Civil Veterinary Dept. Bombay admin report 1914-1922 - 1914-1922
Year: 1914
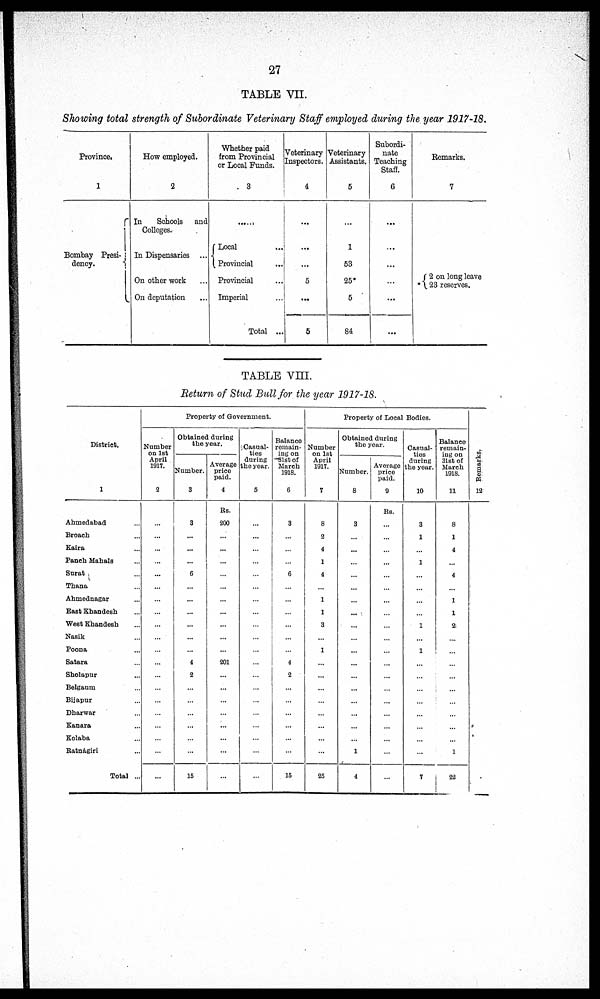
27
TABLE VII.
Showing total strength of Subordinate Veterinary Staff employed during the year 1917-18.
Province.
1
Bombay Presi-
dency.
How employed.
2
In
Schools and
Colleges.
In Dispensaries ...
On other work ...
On deputation
Whether paid
from Provincial
or Local Funds.
3
......
Local ...
Provincial ...
Provincial ...
Imperial ...
Total ...
Veterinary
Inspectors.
4
....
...
...
5
...
5
Veterinary
Assistants.
5
....
1
53
25*
5
84
Subordi-
nate
Teaching
Staff.
6
....
....
...
...
...
...
Remarks.
7
{2 on long leave
* 23 reserves.
TABLE VIII.
Return of Stud Bull for the year 1917-18.
District.
1
Ahmedabad ...
Broach ....
Kaira ...
Panch Mahals ...
Surat ....
Thana ....
Ahmednagar ....
East Khandesh ...
West Khandesh ...
Nasik ....
Poona ....
Satara ....
Sholapur ....
Belgaum ....
Bijapur ....
Dharwar
Kanara ...
Kolaba ...
Ratnagiri ....
Total ...
Property of Government.
Number
on 1st
April
1917.
2
...
....
...
....
....
....
....
....
....
....
....
....
....
....
....
....
....
....
....
....
Obtained during
the year.
Number.
3
3
....
...
....
6
....
....
....
....
...
....
4
2
....
....
....
....
....
....
15
Average
price
paid.
4
Rs.
200
....
...
....
....
....
....
....
....
....
....
201
....
...
....
....
....
....
....
....
Casual-
ties
during
the year.
5
...
....
....
....
....
....
...
....
....
....
....
....
....
....
....
....
....
....
....
....
Balance
remain-
ing on
91st of
March
1918.
6
3
....
....
....
6
....
....
....
....
....
....
4
2
....
....
....
....
....
...
15
Property of Local Bodies.
Number
on 1st
April
1917.
7
8
2
4
1
4
....
1
1
3
....
1
....
....
....
....
....
....
....
....
25
Obtained during
the year.
Number.
8
3
....
....
....
....
....
....
....
....
....
....
....
....
....
....
....
....
....
1
4
Average
price
paid.
9
Rs.
....
....
....
....
....
....
....
....
....
....
...
.....
...
......
...
.....
.....
....
....
....
Casual-
ties
during
the year.
10
3
1
...
1
...
...
....
....
1
...
1
...
...
...
...
...
...
...
...
7
Balance
remain-
ing on
31st of
March
1918.
11
8
1
4
....
4
...
1
1
2
...
...
...
...
...
...
...
...
...
1
22
Remarks.
12